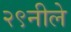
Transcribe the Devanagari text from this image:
२९नीले